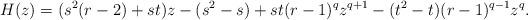
LaTeX: \begin{align*}H(z)=(s^2(r-2)+st)z-(s^2-s)+st(r-1)^qz^{q+1}-(t^2-t)(r-1)^{q-1}z^q.\end{align*}